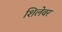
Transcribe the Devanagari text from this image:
शिलेवर